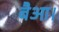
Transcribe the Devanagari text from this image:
बैआ।